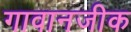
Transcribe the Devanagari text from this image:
गावानजीक